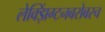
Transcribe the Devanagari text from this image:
लेक्झिंग्टनबरोबरच